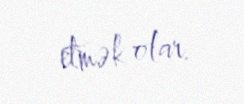
etmək olar.